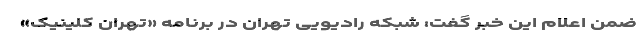
ضمن اعلام این خبر گفت: شبکه رادیویی تهران در برنامه «تهران کلینیک»